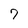
Character: 7